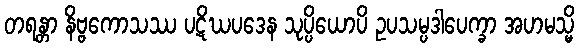
တရန္တာ နိဗ္ဗကောသဿ ပဋိဃပဒေန သုပ္ပိယောပိ ဥပသမ္ပဒါပေက္ခာ အဟမသ္မိ